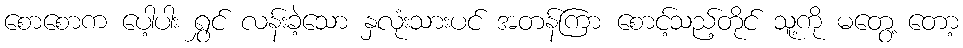
စောစောက ပေါ့ပါး ရွှင် လန်းခဲ့သော နှလုံးသားပင် အတန်ကြာ စောင့်သည့်တိုင် သူ့ကို မတွေ့ တော့